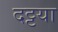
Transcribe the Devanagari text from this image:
दट्टया